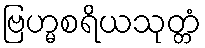
ဗြဟ္မစရိယသုတ္တံ